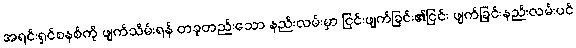
အရင်းရှင်စနစ်ကို ဖျက်သိမ်းရန် တခုတည်းသော နည်းလမ်းမှာ ငြင်းဖျက်ခြင်း၏ငြင်း ဖျက်ခြင်းနည်းလမ်းပင်